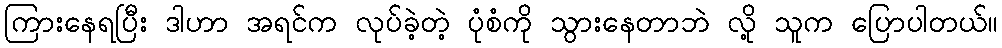
ကြားနေရပြီး ဒါဟာ အရင်က လုပ်ခဲ့တဲ့ ပုံစံကို သွားနေတာဘဲ လို့ သူက ပြောပါတယ်။